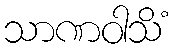
သာဏဝါသိံ